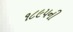
૧૮૯૫ની